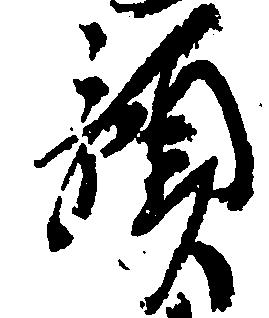
預